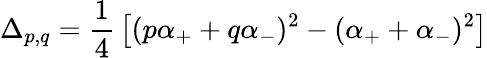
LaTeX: \Delta_{p,q}={\frac{1}{4}}\left[(p\alpha_{+}+q\alpha_{-})^{2}-(\alpha_{+}+\alpha_{-})^{2}\right]